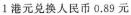
1港元兑换人民币0.89元